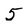
Character: 5